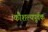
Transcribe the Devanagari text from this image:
कौशल्यपूर्वक